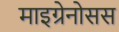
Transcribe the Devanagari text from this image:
माइग्रेनोसस